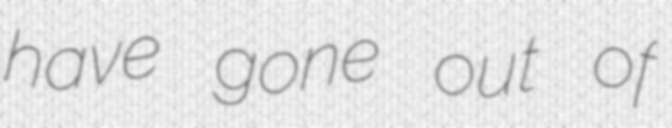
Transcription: have gone out of